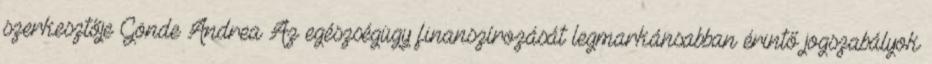
szerkesztője Gönde Andrea Az egészségügy finanszírozását legmarkánsabban érintő jogszabályok